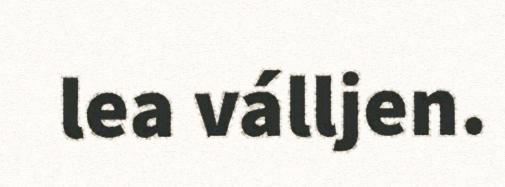
lea válljen.